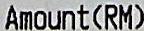
AMOUNT(RM)